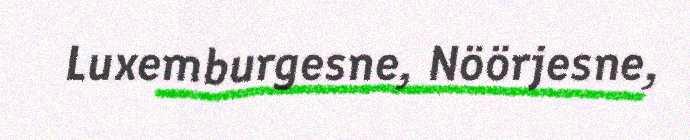
Luxemburgesne, Nöörjesne,